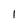
Character: l